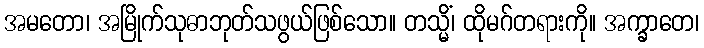
အမတော၊ အမြိုက်သုဓာဘုတ်သဖွယ်ဖြစ်သော။ တသ္မိံ၊ ထိုမဂ်တရားကို။ အက္ခာတေ၊